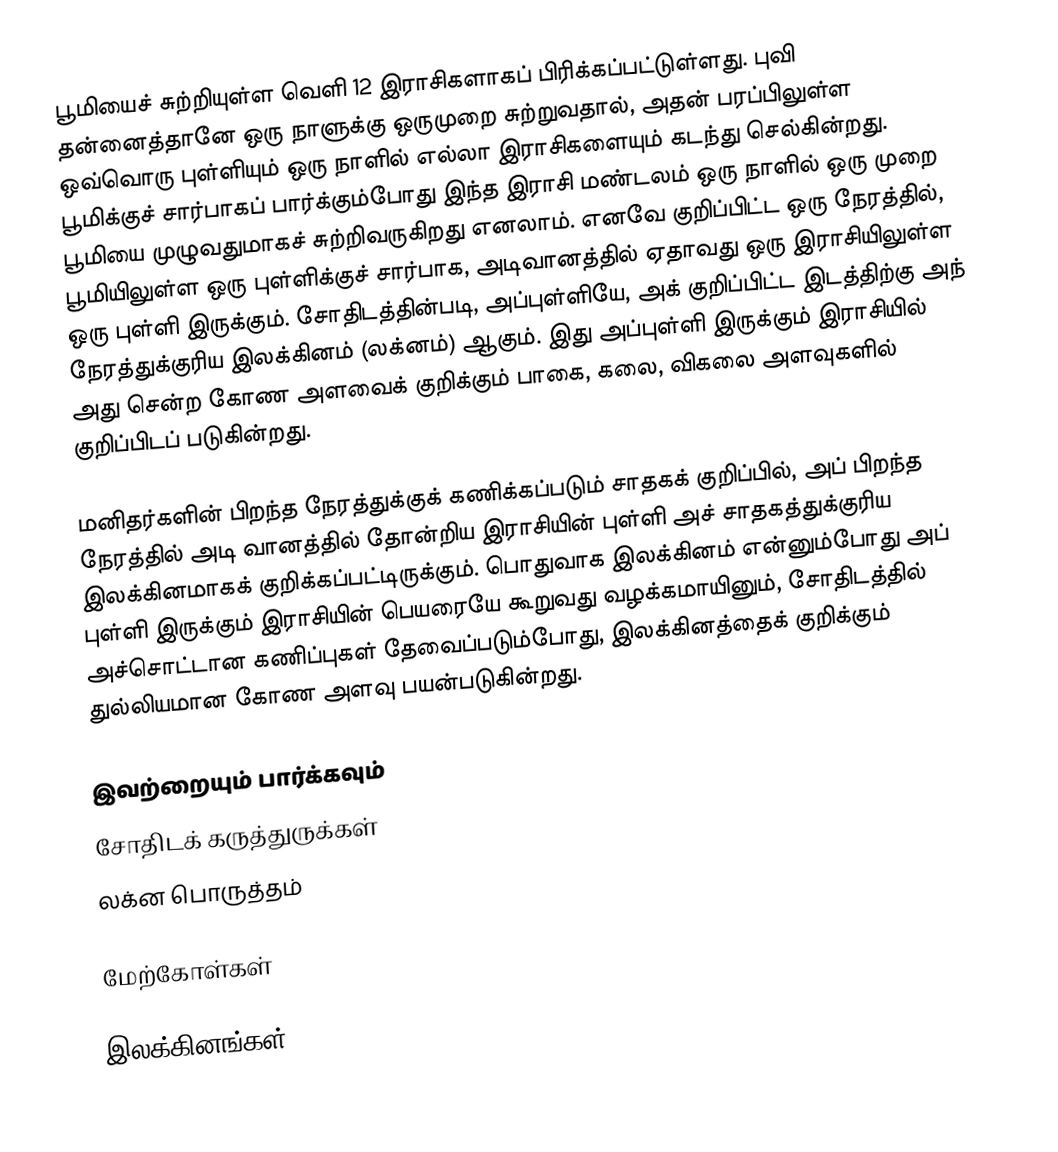
பூமியைச் சுற்றியுள்ள வெளி 12 இராசிகளாகப் பிரிக்கப்பட்டுள்ளது. புவி தன்னைத்தானே ஒரு நாளுக்கு ஒருமுறை சுற்றுவதால், அதன் பரப்பிலுள்ள ஒவ்வொரு புள்ளியும் ஒரு நாளில் எல்லா இராசிகளையும் கடந்து செல்கின்றது. பூமிக்குச் சார்பாகப் பார்க்கும்போது இந்த இராசி மண்டலம் ஒரு நாளில் ஒரு முறை பூமியை முழுவதுமாகச் சுற்றிவருகிறது எனலாம். எனவே குறிப்பிட்ட ஒரு நேரத்தில், பூமியிலுள்ள ஒரு புள்ளிக்குச் சார்பாக, அடிவானத்தில் ஏதாவது ஒரு இராசியிலுள்ள ஒரு புள்ளி இருக்கும். சோதிடத்தின்படி, அப்புள்ளியே, அக் குறிப்பிட்ட இடத்திற்கு அந் நேரத்துக்குரிய இலக்கினம் (லக்னம்) ஆகும். இது அப்புள்ளி இருக்கும் இராசியில் அது சென்ற கோண அளவைக் குறிக்கும் பாகை, கலை, விகலை அளவுகளில் குறிப்பிடப் படுகின்றது.

மனிதர்களின் பிறந்த நேரத்துக்குக் கணிக்கப்படும் சாதகக் குறிப்பில், அப் பிறந்த நேரத்தில் அடி வானத்தில் தோன்றிய இராசியின் புள்ளி அச் சாதகத்துக்குரிய இலக்கினமாகக் குறிக்கப்பட்டிருக்கும். பொதுவாக இலக்கினம் என்னும்போது அப் புள்ளி இருக்கும் இராசியின் பெயரையே கூறுவது வழக்கமாயினும், சோதிடத்தில் அச்சொட்டான கணிப்புகள் தேவைப்படும்போது, இலக்கினத்தைக் குறிக்கும் துல்லியமான கோண அளவு பயன்படுகின்றது.

இவற்றையும் பார்க்கவும்
 சோதிடக் கருத்துருக்கள்
 லக்ன பொருத்தம்

மேற்கோள்கள்

இலக்கினங்கள்